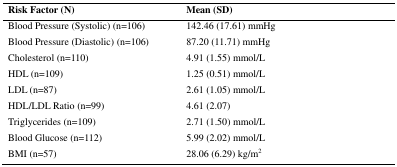
| Risk Factor (N) | Mean (SD) |
 | --- | --- |
 | Blood Pressure (Systolic) (n=106) | 142.46 (17.61) mmHg |
 | Blood Pressure (Diastolic) (n=106) | 87.20 (11.71) mmHg |
 | Cholesterol (n=110) | 4.91 (1.55) mmol/L |
 | HDL (n=109) | 1.25 (0.51) mmol/L |
 | LDL (n=87) | 2.61 (1.05) mmol/L |
 | HDL/LDL Ratio (n=99) | 4.61 (2.07) |
 | Triglycerides (n=109) | 2.71 (1.50) mmol/L |
 | Blood Glucose (n=112) | 5.99 (2.02) mmol/L |
 | BMI (n=57) | 28.06 (6.29) kg/m2 |